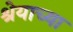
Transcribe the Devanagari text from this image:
श्रेयाच्या